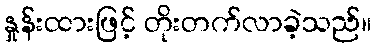
နှုန်းထားဖြင့် တိုးတက်လာခဲ့သည်။